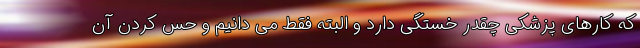
که کارهای پزشکی چقدر خستگی دارد و البته فقط می دانیم و حس کردن آن